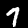
Digit: 7